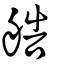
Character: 艁